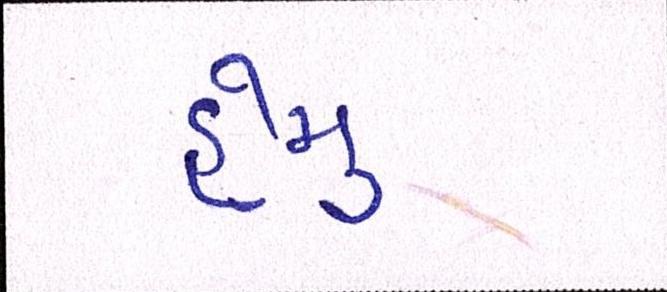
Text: હેમુ